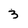
Character: 3